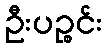
ဦးပဉ္စင်း